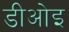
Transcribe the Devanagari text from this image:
डीओइ